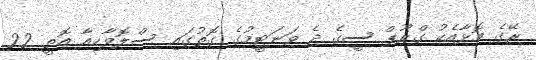
ރޭގެ މޮޅާއެކު ގްރޫޕް ސީގެ ދެ ވަނަޓީމުގެ ގޮތުގައި ސްލޮވާކިއާ އޮތީ 22